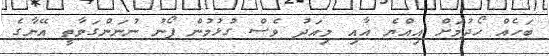
ބަހެއް ހޯދުމަށް އިއްޔެ އާއި މިއަދު ވެސް ގުޅުމުން ފޯނު ނުނަންގަވާތީ އޭނާގެ